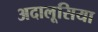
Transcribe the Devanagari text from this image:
अदालूसिया